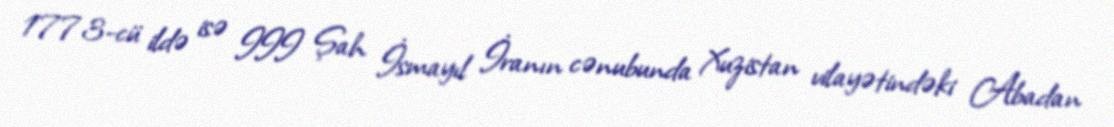
1773-cü ildə isə III Şah İsmayıl İranın cənubunda Xuzistan vilayətindəki Abadan